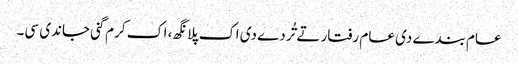
عام بندے دی عام رفتار تے تُردے دی اک پلانگھ، اک کرم گنی جاندی سی۔